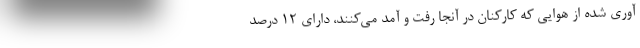
آوری شده از هوایی که کارکنان در آنجا رفت و آمد می‌کنند، دارای ۱۲ درصد